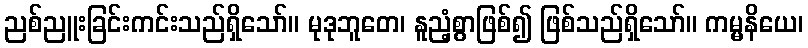
ညစ်ညူးခြင်းကင်းသည်ရှိသော်။ မုဒုဘူတေ၊ နူညံ့စွာဖြစ်၍ ဖြစ်သည်ရှိသော်။ ကမ္မနိယေ၊